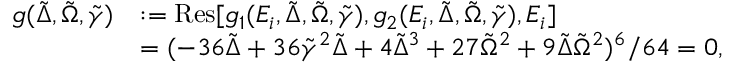
\begin{array} { r l } { g ( \tilde { \Delta } , \tilde { \Omega } , \tilde { \gamma } ) } & { : = \mathrm { R e s } [ g _ { 1 } ( E _ { i } , \tilde { \Delta } , \tilde { \Omega } , \tilde { \gamma } ) , g _ { 2 } ( E _ { i } , \tilde { \Delta } , \tilde { \Omega } , \tilde { \gamma } ) , E _ { i } ] } \\ & { = ( - 3 6 \tilde { \Delta } + 3 6 \tilde { \gamma } ^ { 2 } \tilde { \Delta } + 4 \tilde { \Delta } ^ { 3 } + 2 7 \tilde { \Omega } ^ { 2 } + 9 \tilde { \Delta } \tilde { \Omega } ^ { 2 } ) ^ { 6 } / 6 4 = 0 , } \end{array}